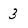
Character: 3